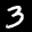
Label: 3